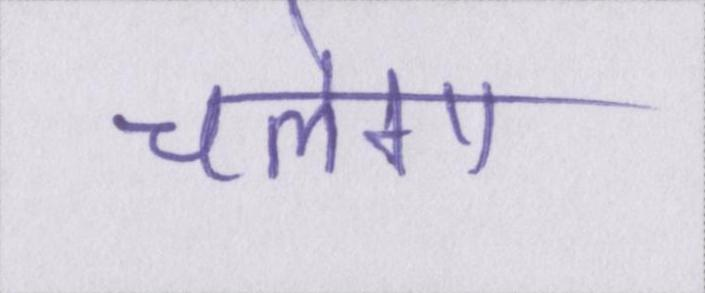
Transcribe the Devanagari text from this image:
चलेगा